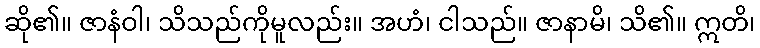
ဆို၏။ ဇာနံဝါ၊ သိသည်ကိုမူလည်း။ အဟံ၊ ငါသည်။ ဇာနာမိ၊ သိ၏။ ဣတိ၊